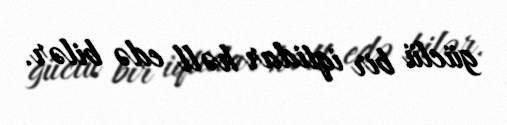
güclü bir iqtidar həll edə bilər.